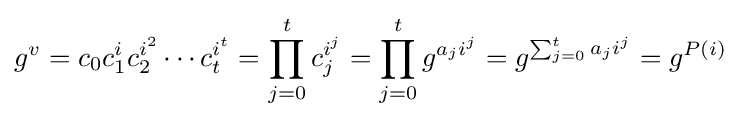
g^{v}=c_{0}c_{1}^{i}c_{2}^{i^{2}}\cdots c_{t}^{i^{t}}=\prod _{j=0}^{t}c_{j}^{i^{j}}=\prod _{j=0}^{t}g^{a_{j}i^{j}}=g^{\sum _{j=0}^{t}a_{j}i^{j}}=g^{P(i)}